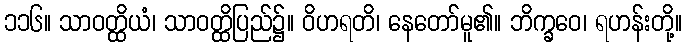
၁၁၆။ သာဝတ္ထိယံ၊ သာဝတ္ထိပြည်၌။ ဝိဟရတိ၊ နေတော်မူ၏။ ဘိက္ခဝေ၊ ရဟန်းတို့။